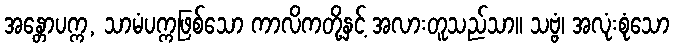
အန္တောပက္က, သာမံပက္ကဖြစ်သော ကာလိကတို့နှင့် အလားတူသည်သာ။ သဗ္ဗံ၊ အလုံးစုံသော